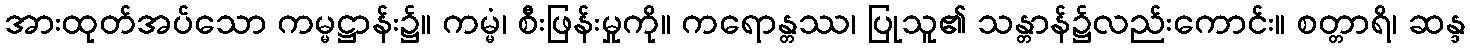
အားထုတ်အပ်သော ကမ္မဋ္ဌာန်း၌။ ကမ္မံ၊ စီးဖြန်းမှုကို။ ကရောန္တဿ၊ ပြုသူ၏ သန္တာန်၌လည်းကောင်း။ စတ္တာရိ၊ ဆန္ဒ